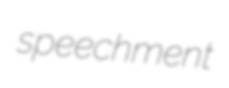
speechment